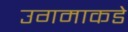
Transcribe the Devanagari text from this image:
उगमाकडे